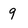
Character: 9